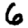
Digit: 6